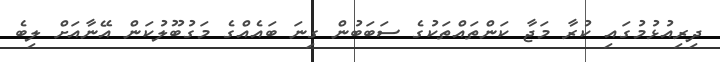
ދިރިއުޅުމުގައި ކުރާ މަޖާ ކަންތައްތަކުގެ ސަބަބުން ގިނަ ބައެއްގެ މަގުބޫލުކަން އޭނާއަށް ލިބެ